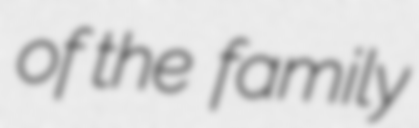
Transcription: of the  family